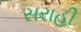
સરાહી